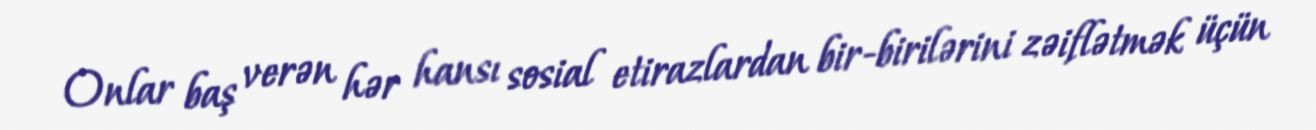
Onlar baş verən hər hansı sosial etirazlardan bir-birilərini zəiflətmək üçün